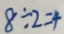
8 \div 2 = 4